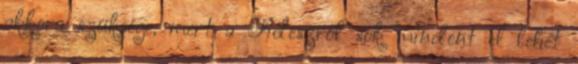
akkora szüksége, mert a Fideszről sok mindent el lehet